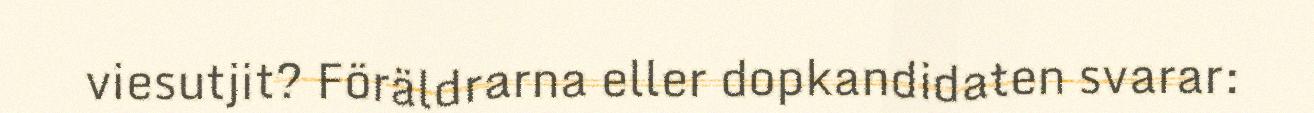
viesutjit? Föräldrarna eller dopkandidaten svarar: